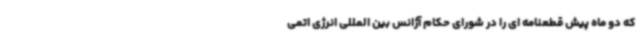
که دو ماه پیش قطعنامه ای را در شورای حکام آژانس بین المللی انرژی اتمی